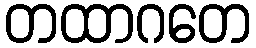
တထာဂတေ